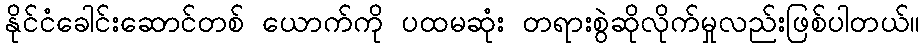
နိုင်ငံခေါင်းဆောင်တစ် ယောက်ကို ပထမဆုံး တရားစွဲဆိုလိုက်မှုလည်းဖြစ်ပါတယ်။